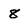
Character: 8